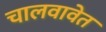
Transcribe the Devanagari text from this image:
चालवावेत